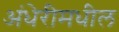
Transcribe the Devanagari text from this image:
अंधेरीमधील